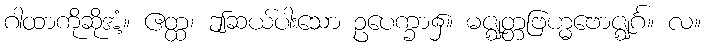
ဂါထာကိုဆိုအံ့။ ဧတ္ထ၊ ဤဆယ်ပါးသော ဥပေက္ခာ၌။ မဇ္ဈတ္တဗြဟ္မဗောဇ္ဈင်္ဂ။ လ။